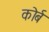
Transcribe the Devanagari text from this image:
कोर्ब